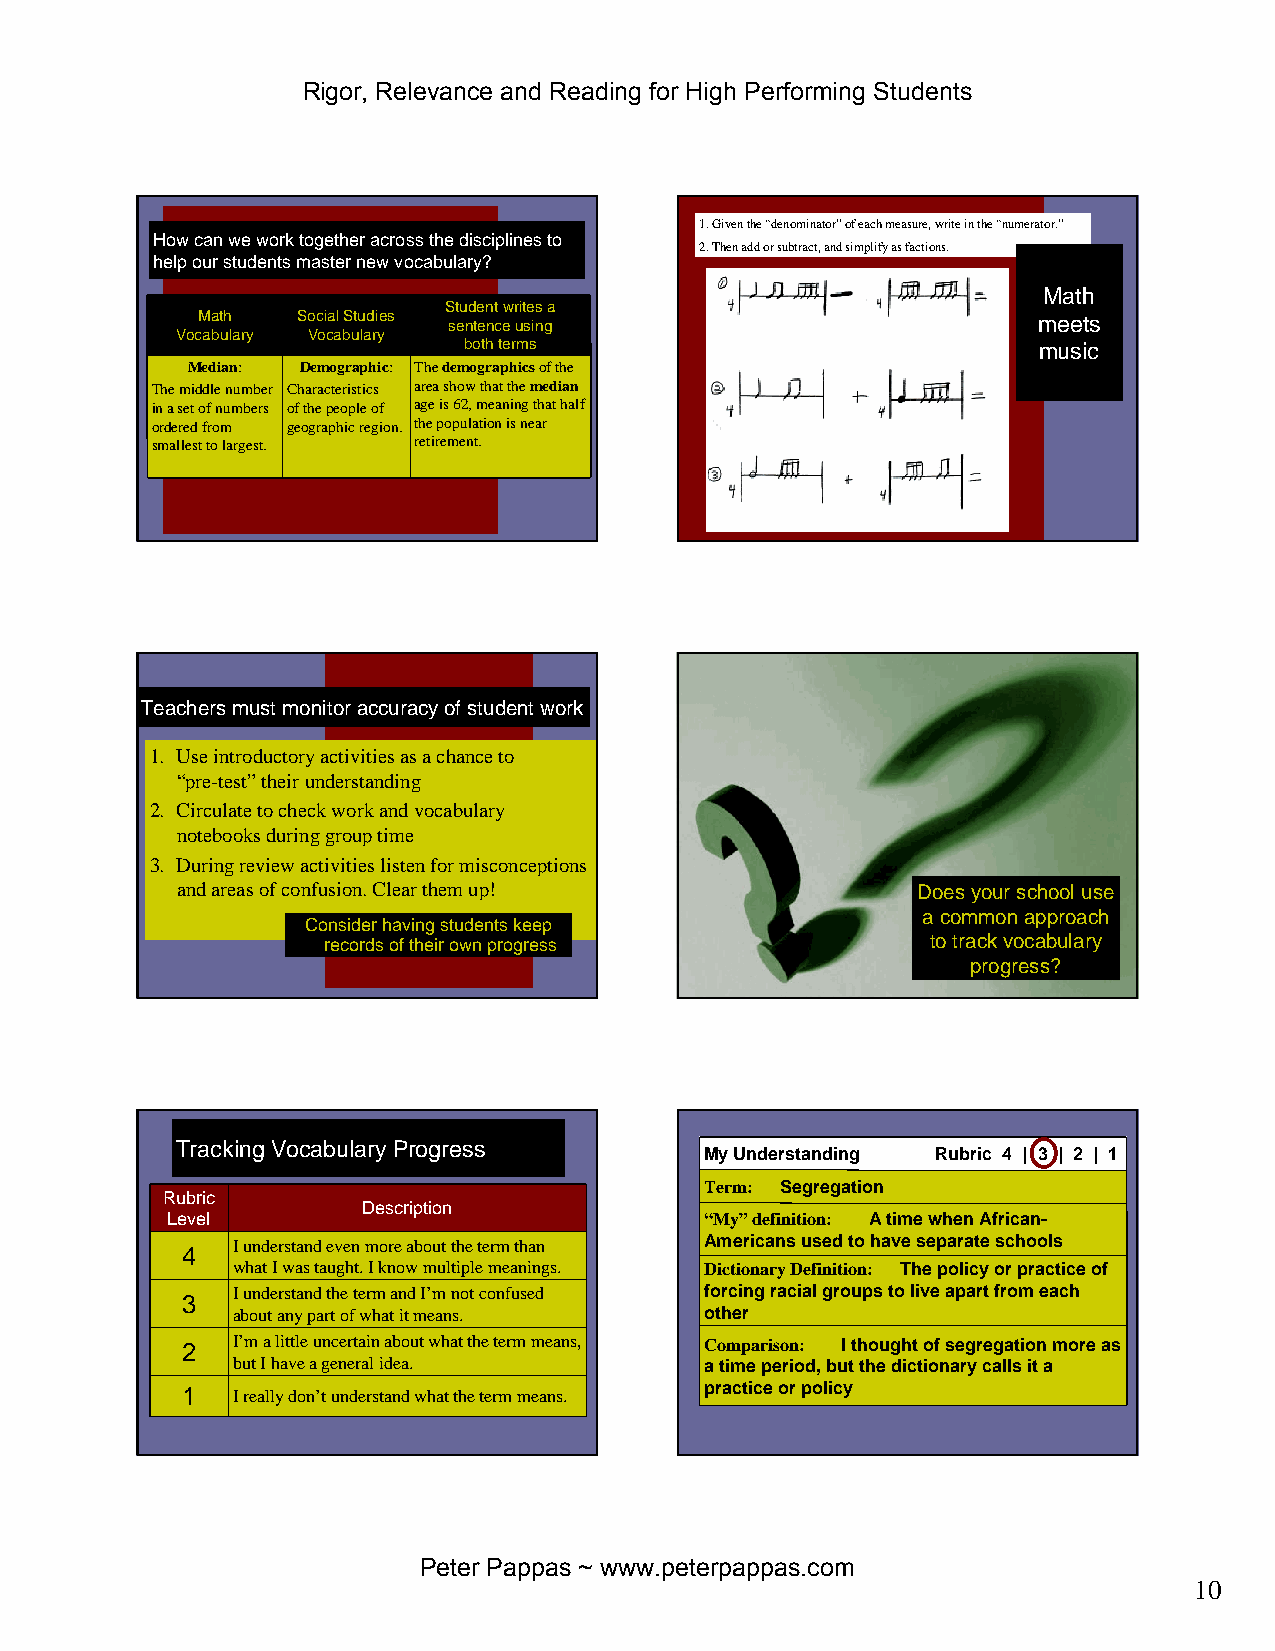
Rigor, Relevance and Reading for High Performing Students
 1. Given the “denominator”of each measure, write in the “numerator.”
 How can we work together across the disciplines to
 2. Then add or subtract, and simplify as factions.
 help our students master new vocabulary?
 Math
 Student writes a
 Math   Social Studies sentence using                    meets
 Vocabulary Vocabulary
 both terms                            music
 Median: Demographic: The demographicsof the
 The middle number Characteristics area show that the median
 in a set of numbers of the people of age is 62, meaning that half
 ordered from geographic region. the population is near
 smallest to largest. retirement.
 Teachers must monitor accuracy of student work
 1. Use introductory activities as a chance to
 “pre-test”their understanding
 2. Circulate to check work and vocabulary
 notebooks during group time
 3. During review activities listen for misconceptions
 and areas of confusion. Clear them up!           Does your school use
 a common approach
 Consider having students keep
 records of their own progress            to track vocabulary
 progress?
 Tracking Vocabulary Progress
 My Understanding Rubric 4 | 3 | 2 | 1
 Term: Segregation
 Rubric
 Description
 Level                               “My”definition: A time when African-
 I understand even more about the term than Americans used to have separate schools
 4
 what I was taught. I know multiple meanings. Dictionary Definition: The policy or practice of
 I understand the term and I’m not confused forcing racial groups to live apart from each
 3
 about any part of what it means. other
 2  I’m a little uncertain about what the term means, Comparison: I thought of segregation more as
 but I have a general idea.      a time period, but the dictionary calls it a
 1  I really don’t understand what the term means. practice or policy
 Peter Pappas ~ www.peterpappas.com
 10